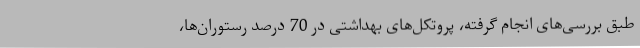
طبق بررسی‌های انجام گرفته، پروتکل‌های بهداشتی در 70 درصد رستوران‌ها،